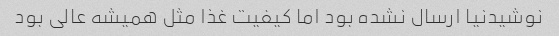
نوشیدنیا ارسال نشده بود اما کیفیت غذا مثل همیشه عالی بود